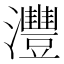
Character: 灃